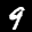
Label: 9